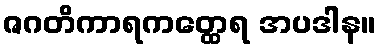
ဇဂတိကာရကတ္ထေရ အပဒါန။